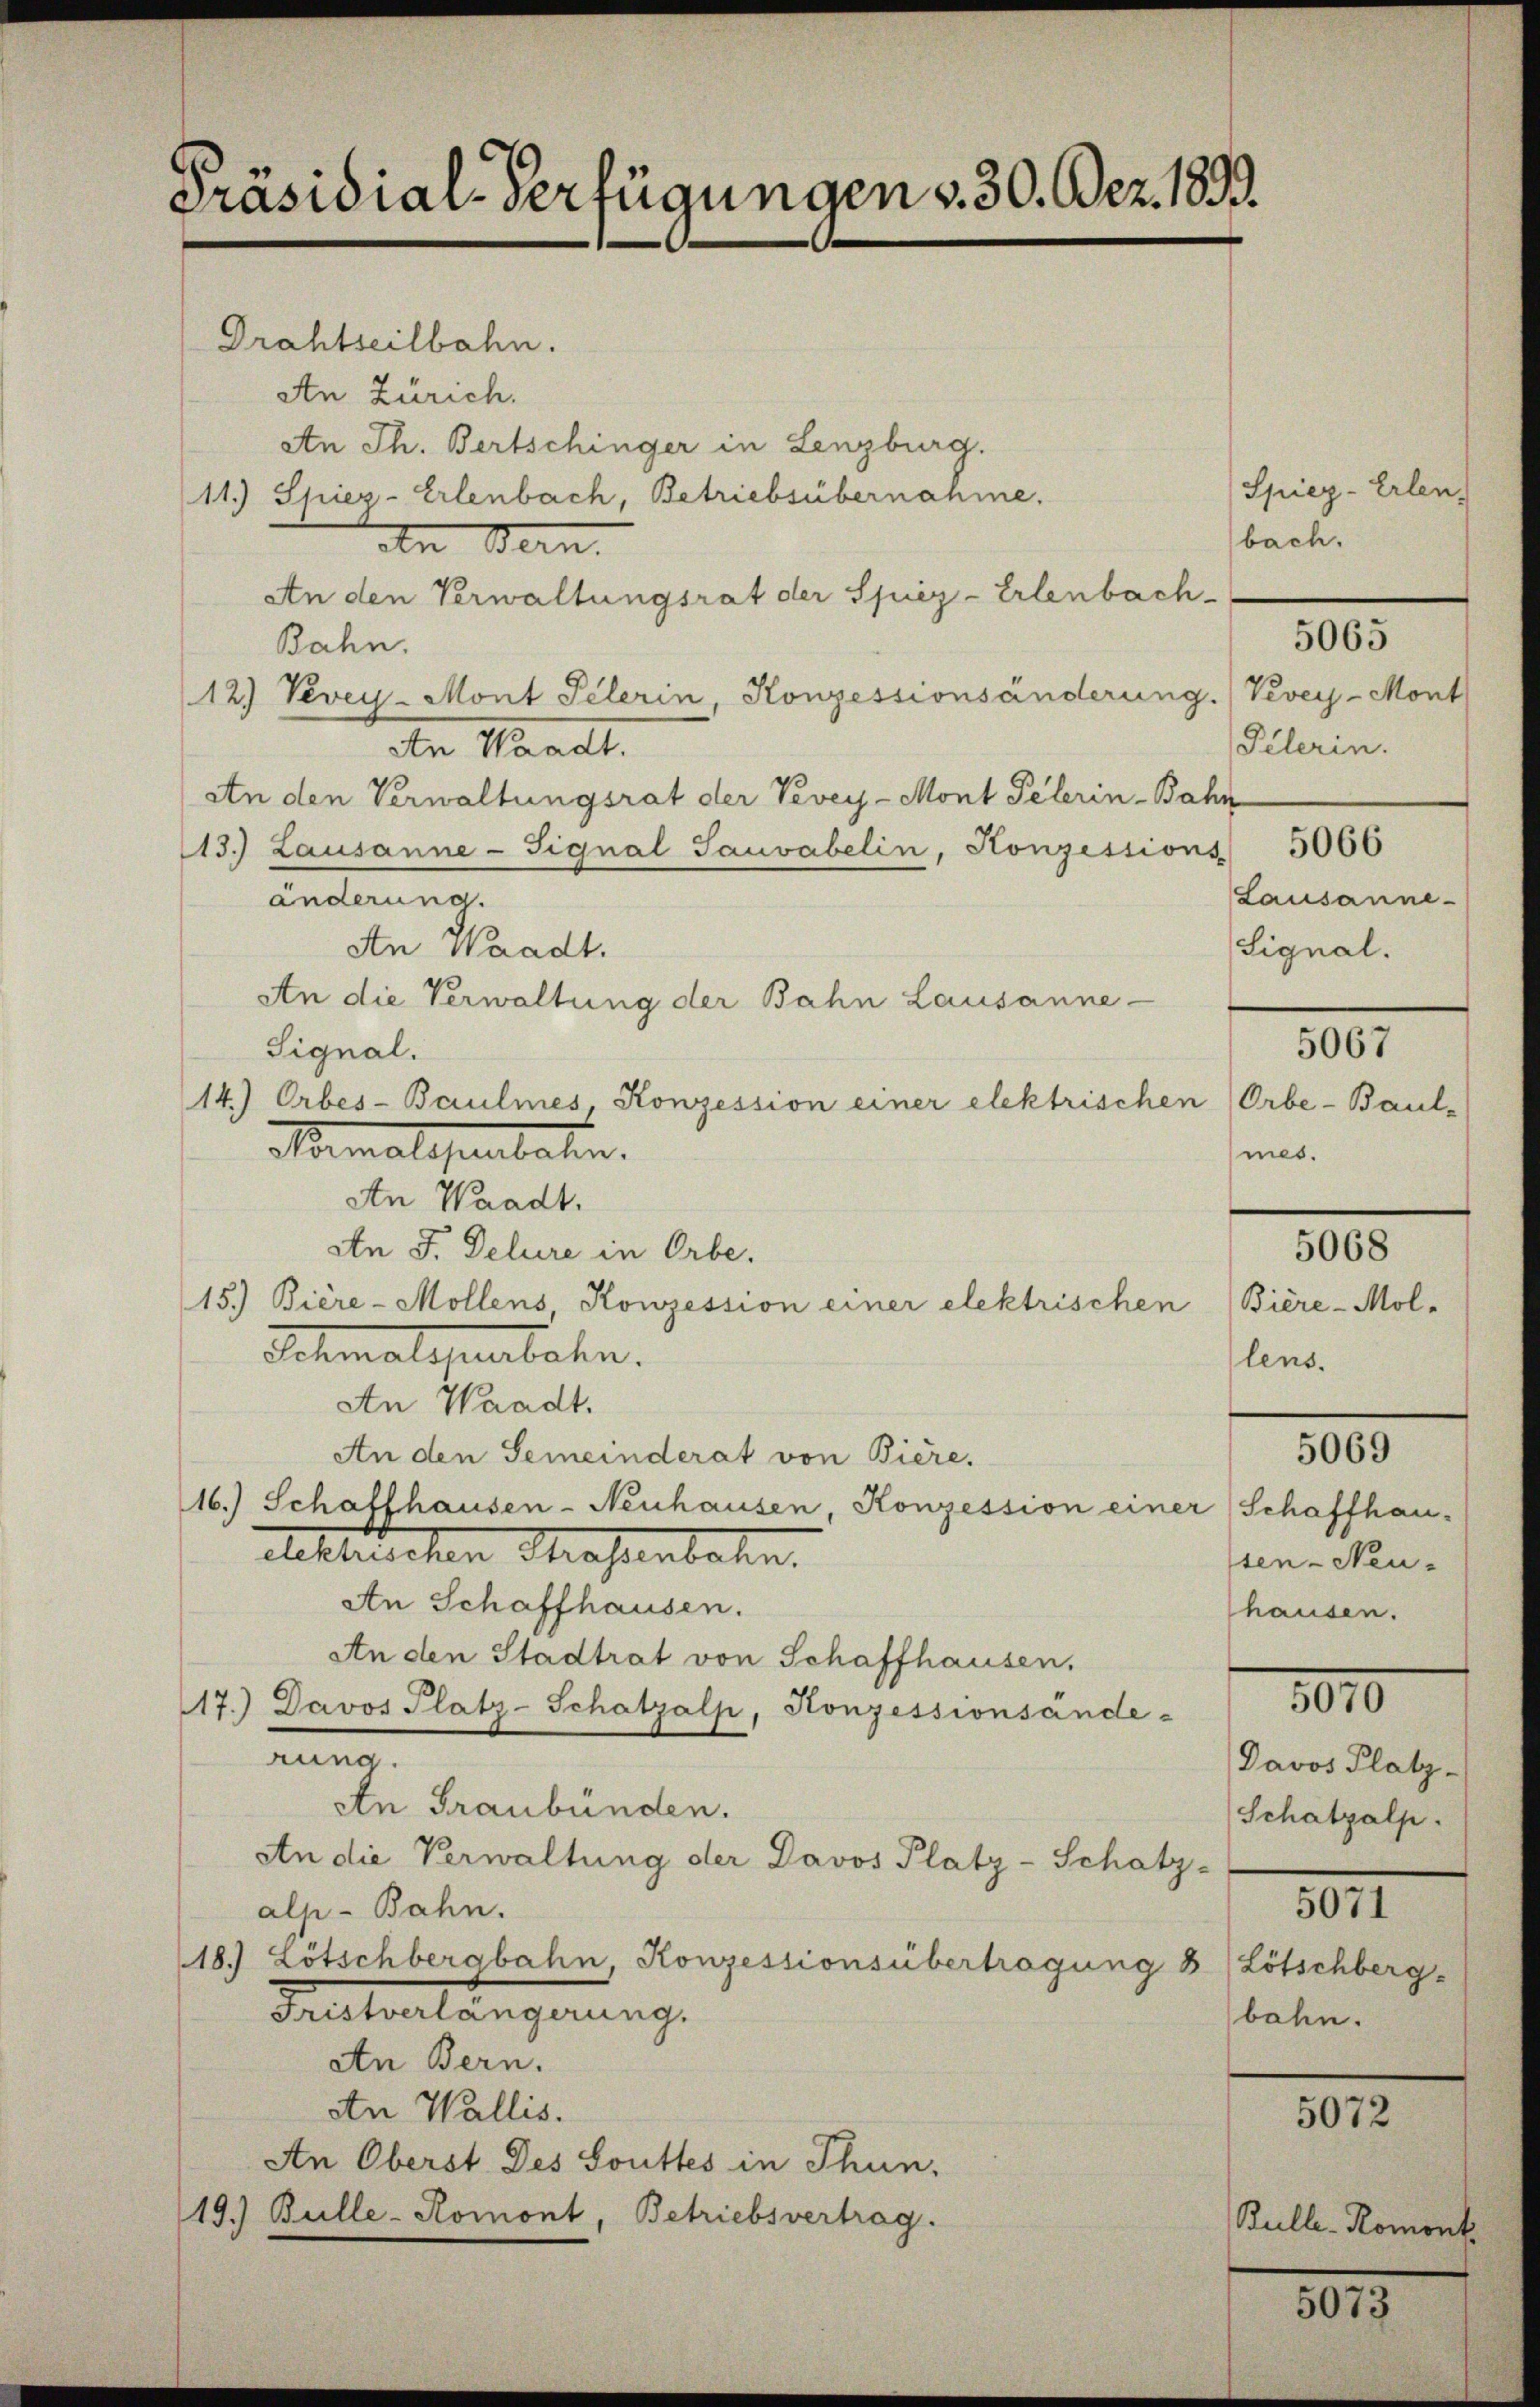
Präsidial-Verfügungen v. 30. Dez. 1893.

Drahtseilbahn.
An Zürich.
den Bern.
An den Verwaltungsrat der Spiez-Erlenbach-
Bahn.
12.) Vevey-Mont Pelerin, Konzessionsänderun
den Waadt.
An den Verwaltungsrat der Vevey-Mont Pelerin - Br
13.) Lausanne-Fignal Sauvabelin, Konzessio
änderung.
An Waadt.
An die Verwaltung der Bahn Lausanne -
Signal.
14.) Orbes-Baulmes Konzession einer elektrisches
Memalisbachen.
An Waadt.
An J. Delure in Orbe.
15.) Biere-Mollens Konzession einer elektrischen
Schmaleurbahn.
An Waadt.
An den Gemeinderat von Biere.
16.) Schaffhausen-Neuhausen, Konzession einer Schaffhau-
Acktuchen Massenbahn.
An Schaffhausen.
An den Stadtrat von Schaffhausen,
17.) Davos Platz-Schatzalp, Konzessionsände-
rung.
An Graubünden.
An die Verwaltung der Davos Platz-Schatz-
alp-Bahn.
18.) Lötschbergbahn Konzessionsübertragung 8 Lötschberg-
Kalterlangerung.
An Bern.
An Wallis.
An Oberst des Souttes in Thun,
19.) Bulle-Romont, Betriebsvertrag.

An Th. Bertschinger in Lenzburg.
11.) Spier-Erlenbach, Betriebsübernahme.

Spiez- Erlen,
bach.

5065

5067

f.Vevey-Mont
Pelerin.
hn
 5066
Lausanne
(Signal.

Orbe-Baul-
mes.

5068

Biere - Mol-
lens.

5069

sen- Neu-
hausen.

1010

Davos Platz-
Schatzalp.
5071
bahn.

5072

Bulle-Romont

5073